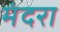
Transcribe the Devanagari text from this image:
मंदरा